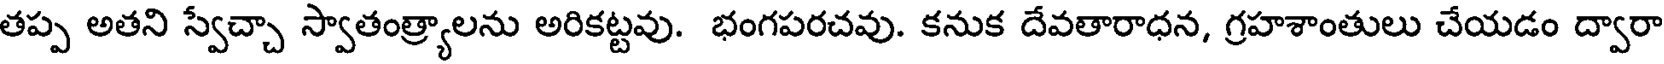
తప్ప అతని స్వేచ్చా స్వాతంత్ర్యాలను అరికట్టవు. భంగపరచవు. కనుక దేవతారాధన, గ్రహశాంతులు చేయడం ద్వారా